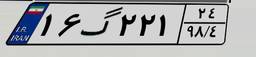
۶۴گ۸۴۷۹۸